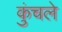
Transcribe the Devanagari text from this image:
कुंचले